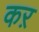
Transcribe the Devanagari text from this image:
कऱ